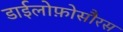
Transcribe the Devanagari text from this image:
डाईलोफ़ोसौरस